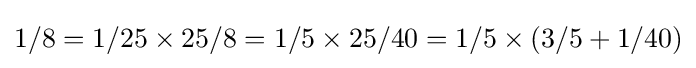
1/8=1/25\times 25/8=1/5\times 25/40=1/5\times (3/5+1/40)